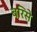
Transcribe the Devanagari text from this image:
बरिसे